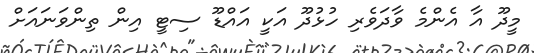
މީދޫ އާ އެންމެ ވާދަވެރި ހުޅުދޫ އަކީ އައްޑޫ ސިޓީ އިން ތިންވަނައަށް